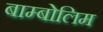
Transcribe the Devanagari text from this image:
बाम्बोलिम